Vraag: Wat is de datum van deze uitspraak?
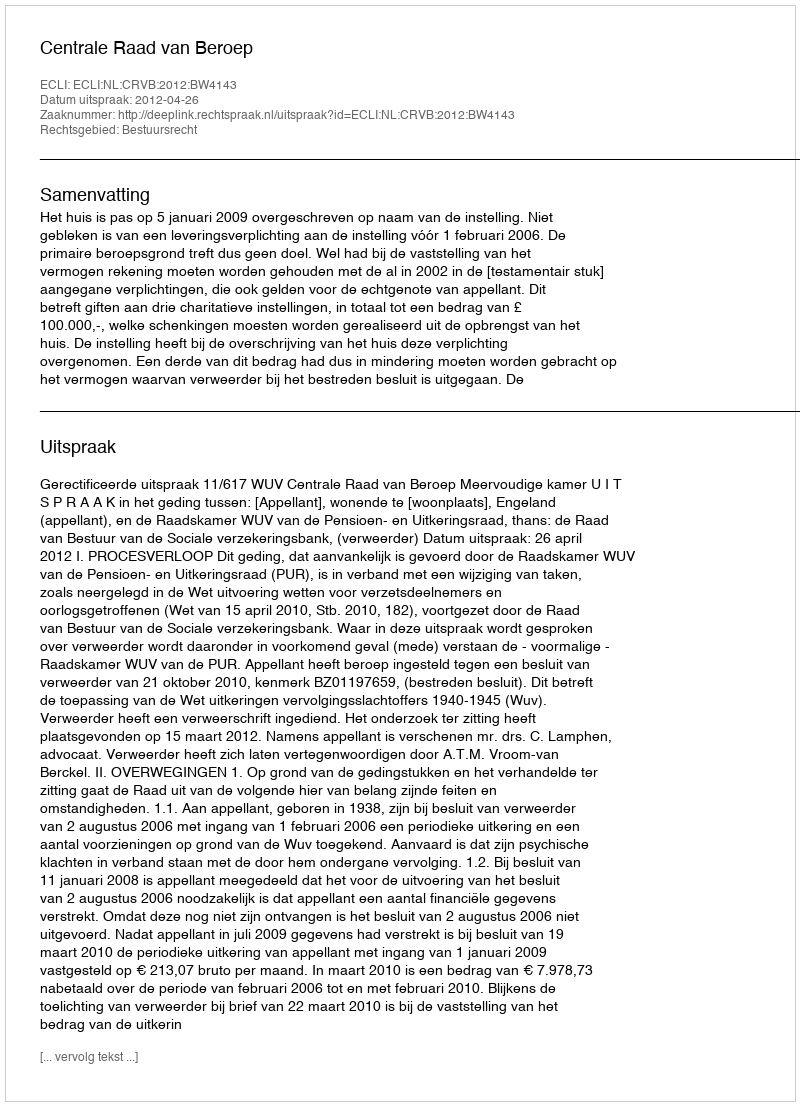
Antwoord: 2012-04-26